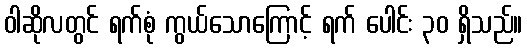
ဝါဆိုလတွင် ရက်စုံ ကွယ်သောကြောင့် ရက် ပေါင်း ၃၀ ရှိသည်။